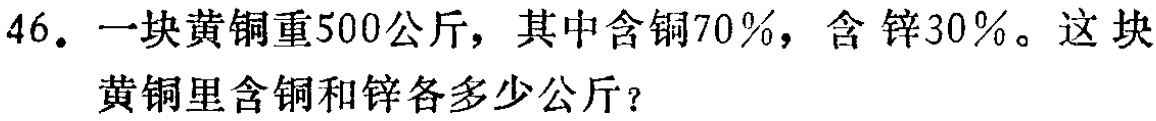
46. 一块黄铜重500公斤，其中含铜70％，含 锌30％。这块黄铜里含铜和锌各多少公斤？